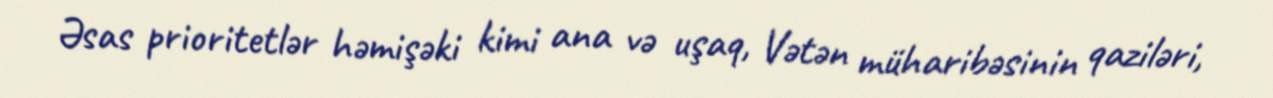
Əsas prioritetlər həmişəki kimi ana və uşaq, Vətən müharibəsinin qaziləri,